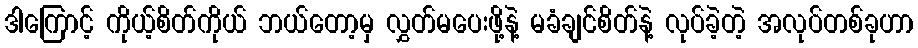
ဒါကြောင့် ကိုယ့်စိတ်ကိုယ် ဘယ်တော့မှ လွှတ်မပေးဖို့နဲ့ မခံချင်စိတ်နဲ့ လုပ်ခဲ့တဲ့ အလုပ်တစ်ခုဟာ